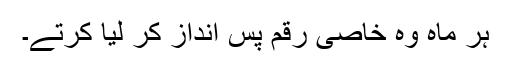
ہر ماہ وہ خاصی رقم پس انداز کر لیا کرتے۔